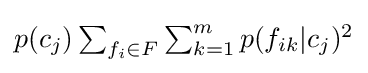
\textstyle p(c_{j})\sum _{f_{i}\in F}\sum _{k=1}^{m}p(f_{ik}|c_{j})^{2}